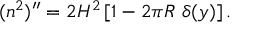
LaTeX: ( n ^ { 2 } ) ^ { \prime \prime } = 2 H ^ { 2 } \left[ 1 - 2 \pi R \ \delta ( y ) \right] .